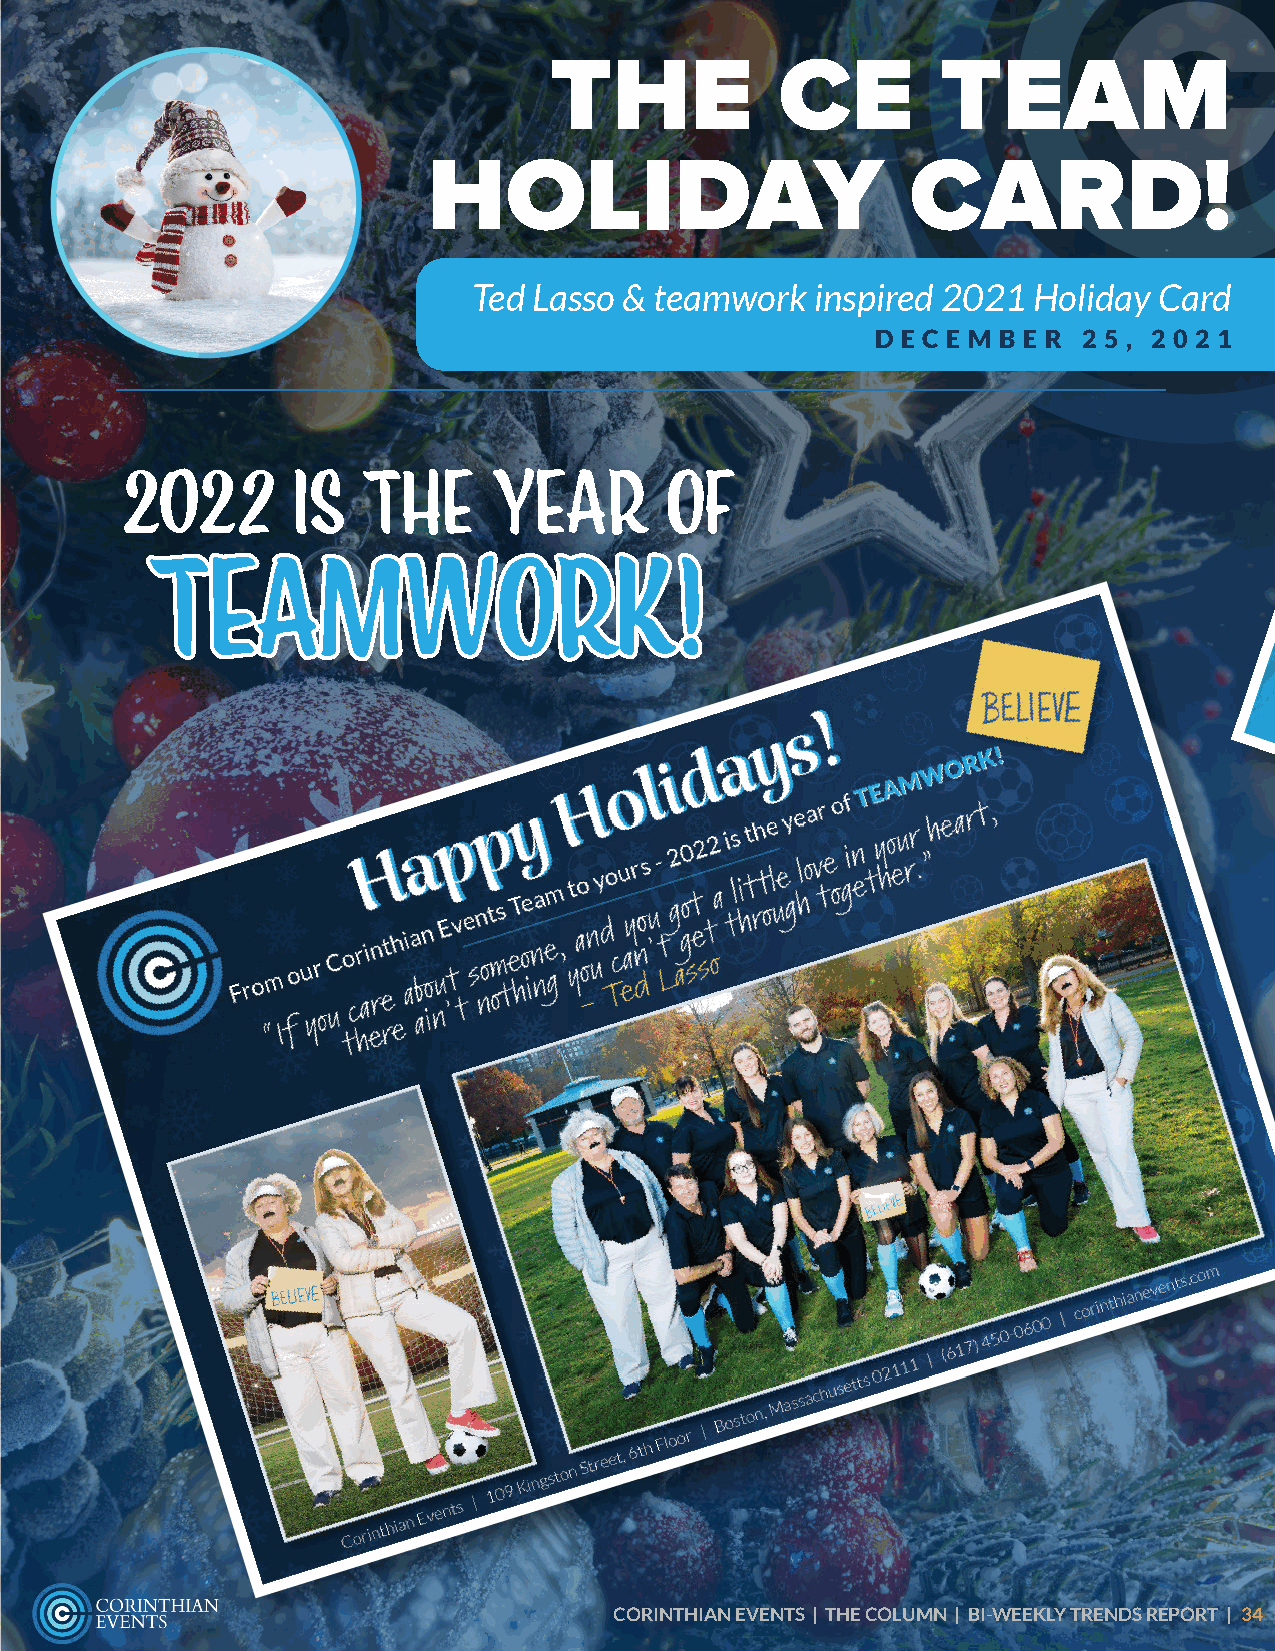
THE             CE        TEAM
 HOLIDAY                         CARD!
 Ted Lasso & teamwork   inspired 2021 Holiday  Card
 D E C E M B E R 2 5 , 2 0 2 1
 2022       is   the      year       of
 tteeaammwwoorrkk!!
 CORINTHIAN EVENTS | THE COLUMN | BI-WEEKLY TRENDS REPORT | 34